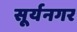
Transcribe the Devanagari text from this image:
सूर्यनगर